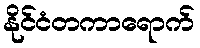
နိုင်ငံတကာရောက်